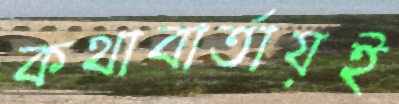
কথাবার্তায়ই